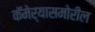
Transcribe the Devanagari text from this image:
कॅमेर्‍यासमोरील